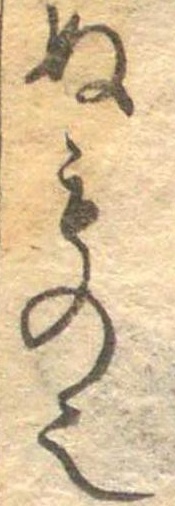
ぬもの也